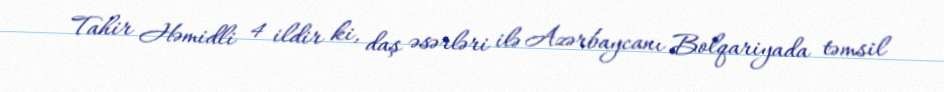
Tahir Həmidli 4 ildir ki, daş əsərləri ilə Azərbaycanı Bolqariyada təmsil